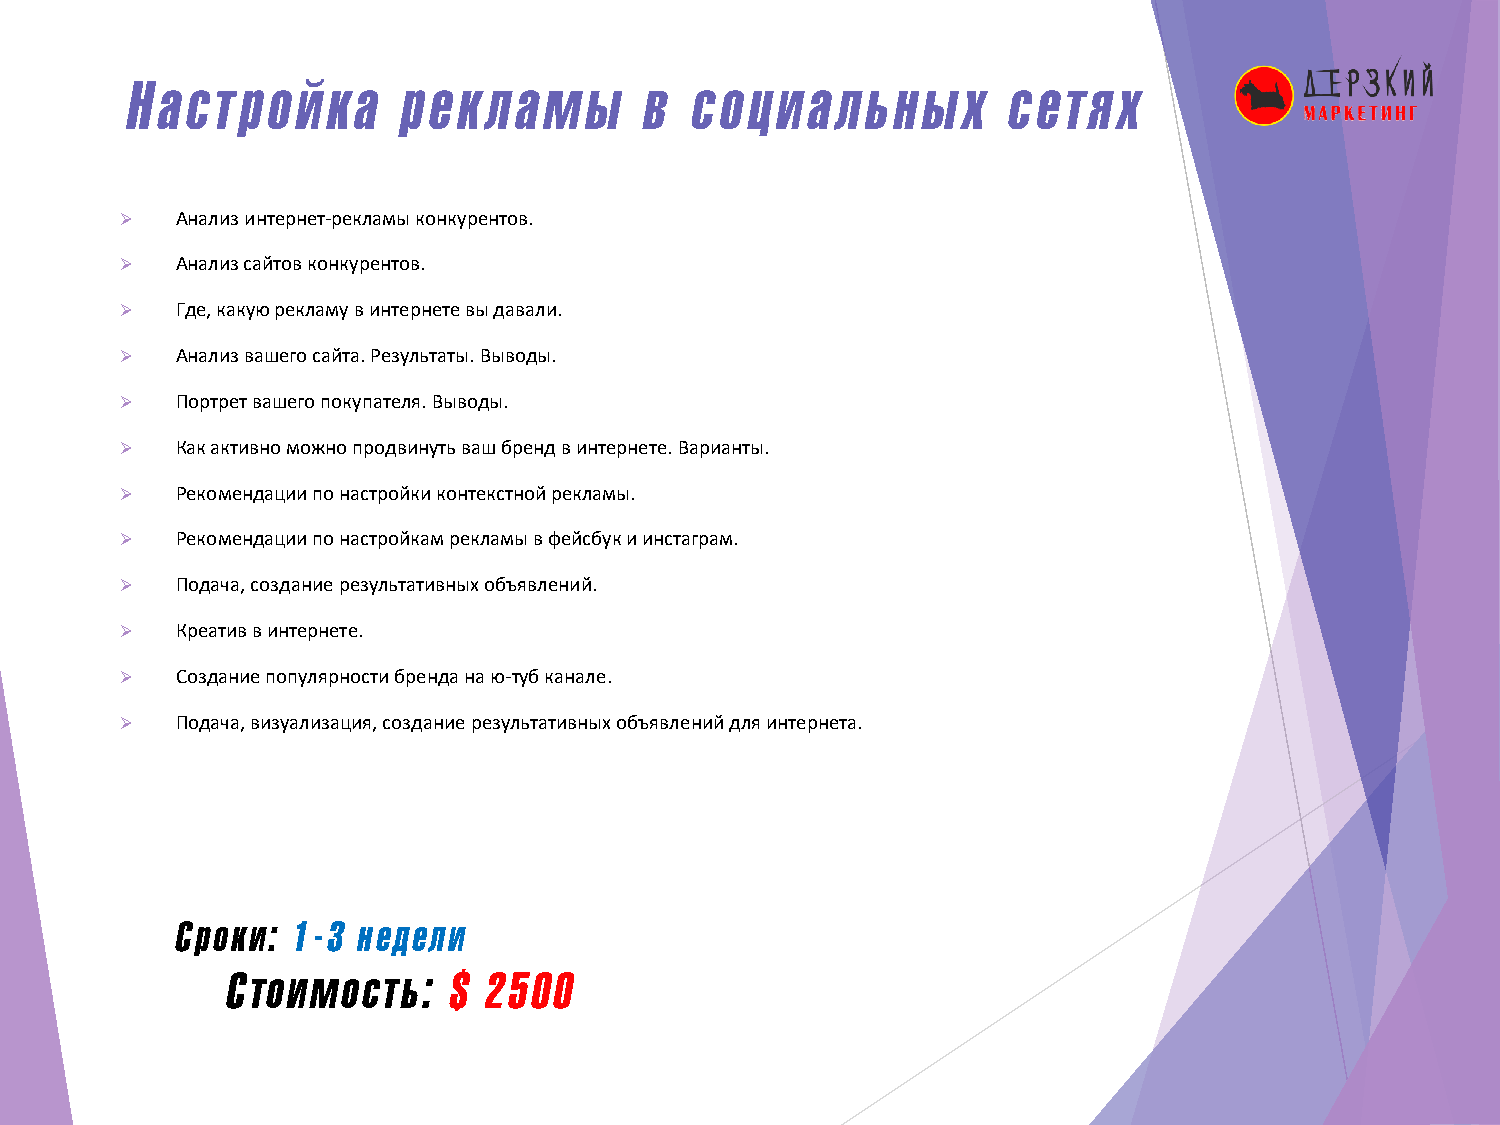
Настройка          рекламы         в  социальны         х  сетях
 ➢   Анализ интернет-рекламы конкурентов.
 ➢   Анализ сайтов конкурентов.
 ➢   Где, какую рекламу в интернете вы давали.
 ➢   Анализ вашего сайта. Результаты. Выводы.
 ➢   Портрет вашего покупателя. Выводы.
 ➢   Как активно можно продвинуть ваш бренд в интернете. Варианты.
 ➢   Рекомендации по настройки контекстной рекламы.
 ➢   Рекомендации по настройкам рекламы в фейсбуки инстаграм.
 ➢   Подача, создание результативных объявлений.
 ➢   Креатив в интернете.
 ➢   Создание популярности бренда на ю-туб канале.
 ➢   Подача, визуализация, создание результативных объявлений для интернета.
 Сроки: 1-3  недели
 Cтоимость:     $ 2500